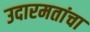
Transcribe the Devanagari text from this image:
उदारमतांचा